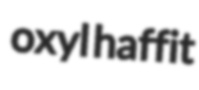
oxyl haffit